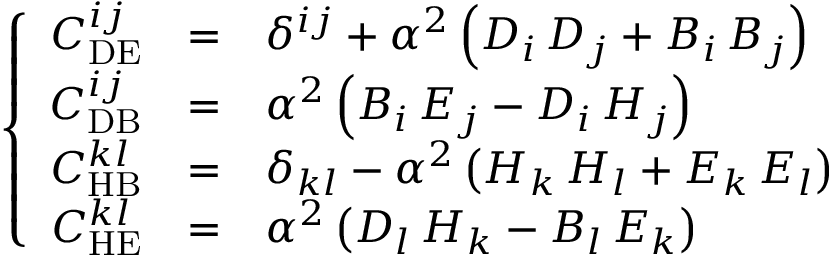
\left\{ \begin{array} { r c l } { { C _ { \mathrm { D E } } ^ { i j } } } & { { = } } & { { \delta ^ { i j } { } + { } \alpha ^ { 2 } \left( D _ { i } \, D _ { j } { } + { } B _ { i } \, B _ { j } \right) } } \\ { { C _ { \mathrm { D B } } ^ { i j } } } & { { = } } & { { \alpha ^ { 2 } \left( B _ { i } \, E _ { j } { } - { } D _ { i } \, H _ { j } \right) } } \\ { { C _ { \mathrm { H B } } ^ { k l } } } & { { = } } & { { \delta _ { k l } { } - { } \alpha ^ { 2 } \left( H _ { k } \, H _ { l } { } + { } E _ { k } \, E _ { l } \right) } } \\ { { C _ { \mathrm { H E } } ^ { k l } } } & { { = } } & { { \alpha ^ { 2 } \left( D _ { l } \, H _ { k } { } - { } B _ { l } \, E _ { k } \right) } } \end{array} \right.